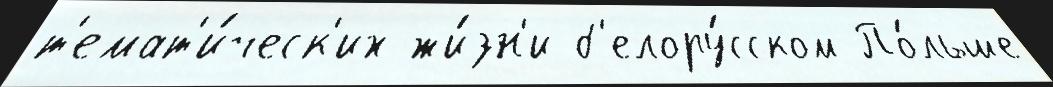
т'емат'и́ческ'их жи́зн'и б'елору́сском По́льше